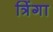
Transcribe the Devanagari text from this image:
त्रिंगा